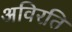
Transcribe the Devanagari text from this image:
अविरति